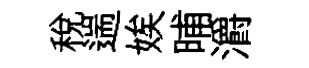
稅遄娭晡灂